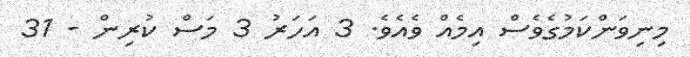
މިނިވަންކަމުގެވެސް އިމެއް ވެއެވެ. 3 އަހަރު 3 މަސް ކުރިން - 31